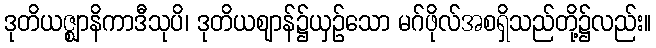
ဒုတိယဇ္ဈာနိကာဒီသုပိ၊ ဒုတိယဈာန်၌ယှဉ်သော မဂ်ဖိုလ်အစရှိသည်တို့၌လည်း။